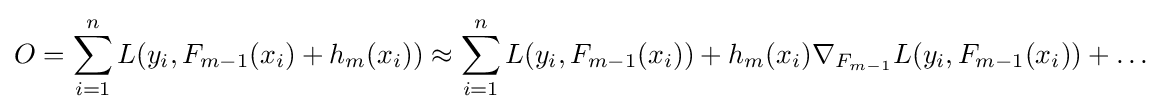
O=\sum _{i=1}^{n}{L(y_{i},F_{m-1}(x_{i})+h_{m}(x_{i}))}\approx \sum _{i=1}^{n}{L(y_{i},F_{m-1}(x_{i}))+h_{m}(x_{i})\nabla _{F_{m-1}}L(y_{i},F_{m-1}(x_{i}))}+\ldots